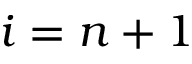
i = n + 1